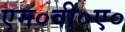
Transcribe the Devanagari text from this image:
एम०वी०ए०